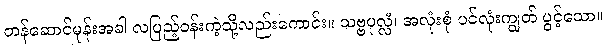
တန်ဆောင်မုန်းအခါ လပြည့်ဝန်းကဲ့သို့လည်းကောင်း။ သဗ္ဗပုလ္လံ၊ အလုံးစုံ ပင်လုံးကျွတ် ပွင့်သော။